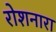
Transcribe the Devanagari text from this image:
रोशनारा